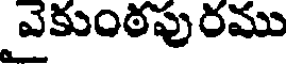
వైకుంఠపురము